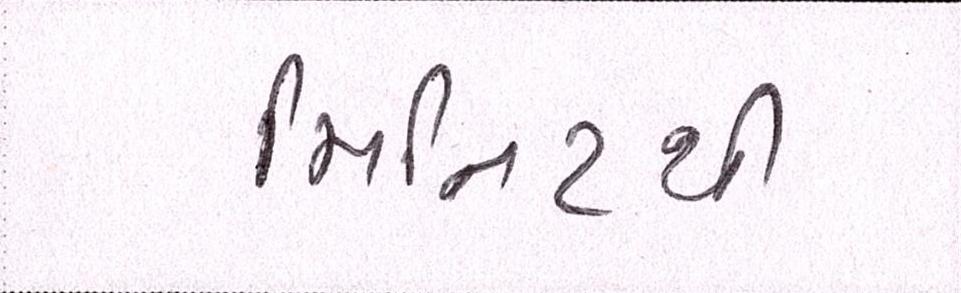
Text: મિનિટથી